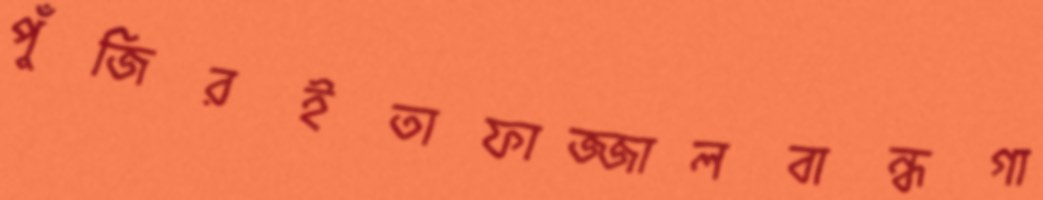
পুঁজিরইতাফাজ্জালবান্ধগা